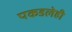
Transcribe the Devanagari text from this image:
पकडलेही